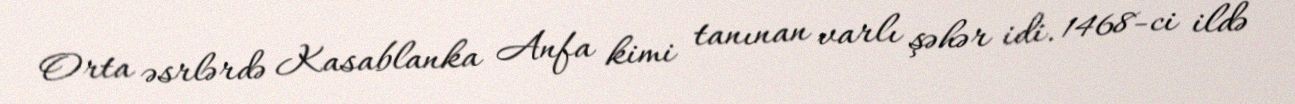
Orta əsrlərdə Kasablanka Anfa kimi tanınan varlı şəhər idi. 1468-ci ildə